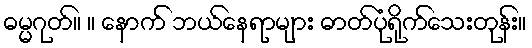
ဓမ္မဂုတ်။ ။ နောက် ဘယ်နေရာများ ဓာတ်ပုံရိုက်သေးတုန်း။